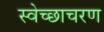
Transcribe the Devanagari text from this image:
स्वेच्छाचरण